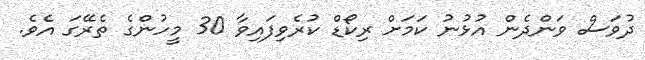
ދުވަސް ވަންދެން އުޅުނު ކަމަށް ރިކޯޑް ކުރެވިފައިވާ 30 މީހުންގެ ތެރޭގަ އެވެ.